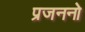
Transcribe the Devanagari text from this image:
प्रजननो